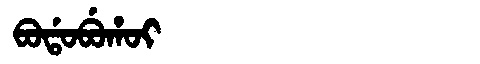
Manchu: ᠪᠣᡩᠣᠪᡠᡥᠣᡳ
Romanization: BODOBUHOI